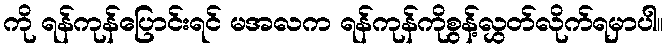
ကို ရန်ကုန်ပြောင်းရင် မအလက ရန်ကုန်ကိုစွန့်လွှတ်လိုက်ရမှာပါ။